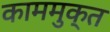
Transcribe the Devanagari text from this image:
काममुक्त